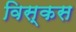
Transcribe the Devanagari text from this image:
विस्कस